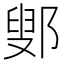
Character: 鄋